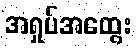
အရှုပ်အထွေး